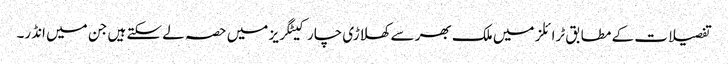
تفصیلات کے مطابق ٹرائلز میں ملک بھر سے کھلاڑی چار کیٹگریز میں حصہ لے سکتے ہیں جن میں انڈر۔